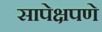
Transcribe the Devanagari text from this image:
सापेक्षपणे